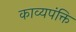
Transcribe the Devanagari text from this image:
काव्यपंक्ति